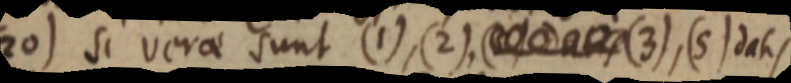
(20) si verae sunt (1), (2), _ (3), (5) datis